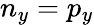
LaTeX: n_{y}=p_{y}